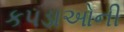
કપડાઓની